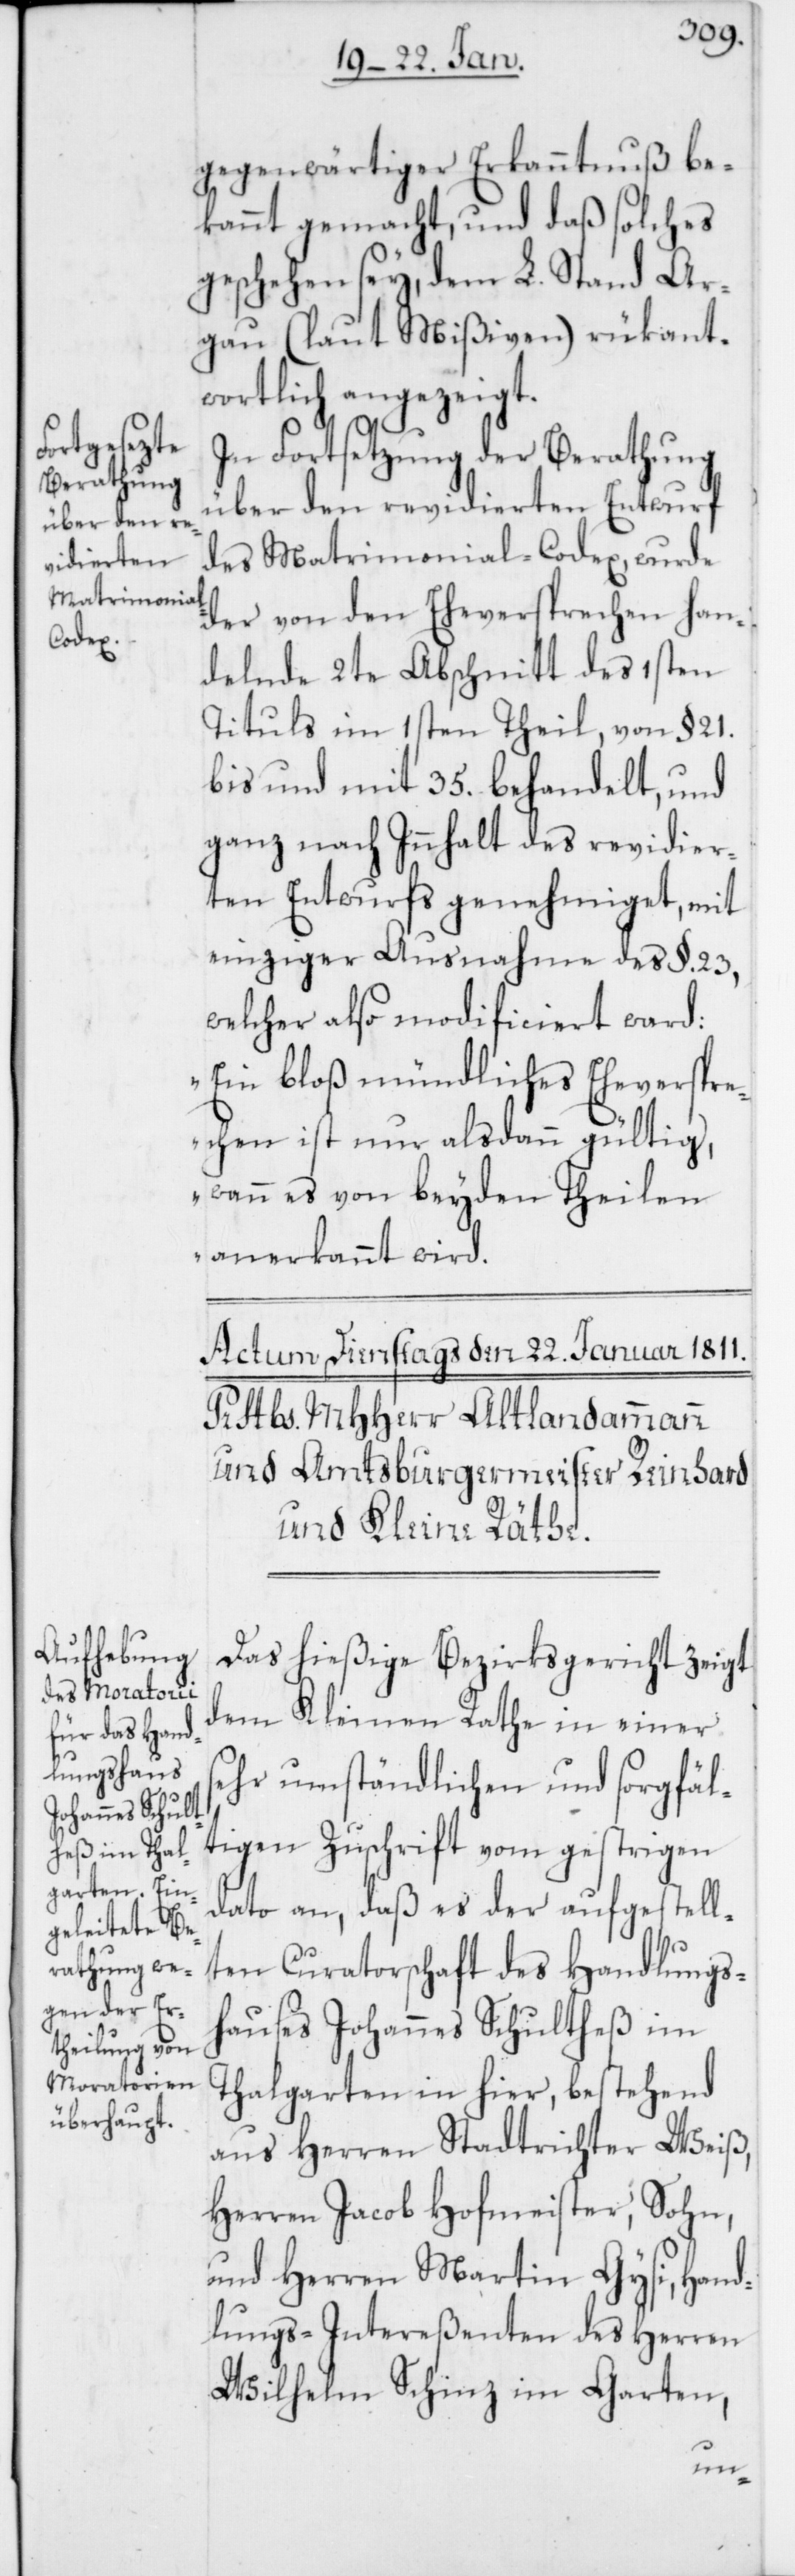
gegenwärtiger Erkanntnuß be¬
kannt gemacht, und daß solches
geschehen sey, dem L. Stand Ar¬
gau (laut Mißiven) rükant¬
wortlich angezeigt.
In Fortsetzung der Berathung
über den revidierten Entwurf
des Matrimonial-Codex, wurde
der von den Eheversprechen han¬
delnde 2te Abschnitt des 1sten
Tituls im 1sten Theil, von § 21.
bis und mit 35. behandelt, und
ganz nach Innhalt des revidier¬
ten Entwurfs genehmiget, mit
einziger Ausnahme des §. 23,
welcher also modificiert ward:
„Ein bloß mündliches Eheverspre¬
chen ist nur alsdann gültig,
wenn es von beyden Theilen
anerkannt wird“.
Das hießige Bezirksgericht zeigt
dem Kleinen Rathe in einer
sehr umständlichen und sorgfäl¬
tigen Zuschrift vom gestrigen
Dato an, daß es der aufgestell¬
ten Curatorschaft des Handlungs¬
hauses Johannes Schultheß im
Thalgarten in hier, bestehend
aus Herren Stadtrichter Weiß,
Herren Jacob Hofmeister, Sohn,
und Herren Martin Gysi, Hand¬
lungs-Intereßenten des Herren
Wilhelm Schinz im Garten,